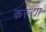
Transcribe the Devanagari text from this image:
करुद्या